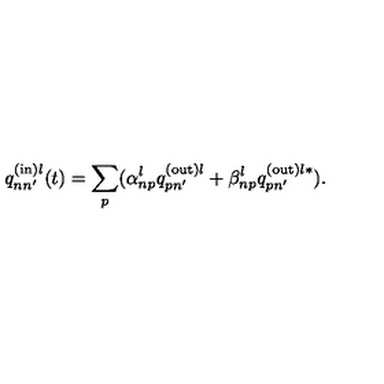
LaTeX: q _ { n n ^ { \prime } } ^ { \mathrm { ( i n ) } l } ( t ) = \sum _ { p } ( \alpha _ { n p } ^ { l } q _ { p n ^ { \prime } } ^ { \mathrm { ( o u t ) } l } + \beta _ { n p } ^ { l } q _ { p n ^ { \prime } } ^ { \mathrm { ( o u t ) } l \ast } ) .